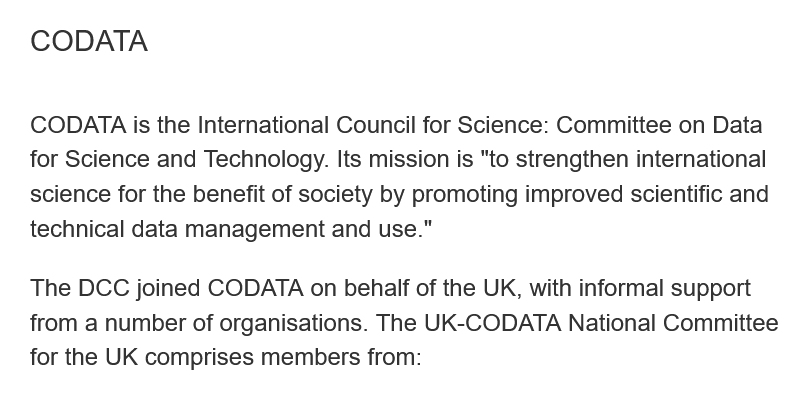
CODATA is  the International Council for Science: Committee on Data
   for Science and Technology. Its mission is "to strengthen international
   science for the benefit of society by promoting improved scientific and
   technical data management and use."
   The DCC joined CODATA on behalf  of the UK, with informal support
   from a number of organisations. The UK-CODATA National Committe:
   for the UK comprises members from: